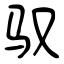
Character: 驭